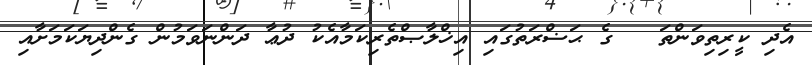
އެދި ކީރިތިވަންތަ   ގެ ޙަޟްރަތުގައި އިޚްލާޞްތެރިކަމާއެކު ދުޢާ ދަންނަވަމުން ގެންދިޔަކަމަށާއި